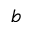
b